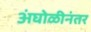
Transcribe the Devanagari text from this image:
अंघोळीनंतर